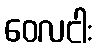
ဝေလငါး